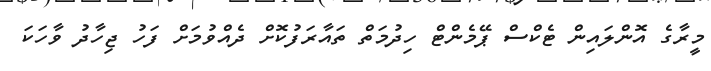
މީރާގެ އޮންލައިން ޓެކްސް ޕޭމެންޓް ހިދުމަތް ތައާރަފުކޮށް ދެއްވުމަށް ފަހު ޖިހާދު ވާހަކަ